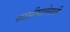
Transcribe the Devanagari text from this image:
कालीमातेसाठी